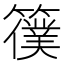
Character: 𥵜